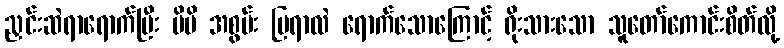
ညှင်းဆဲရာရောက်ပြီး မိမိ အစွမ်း ပြရာလဲ ရောက်သောကြောင့် ရိုးသားသော သူတော်ကောင်းစိတ်လို့